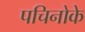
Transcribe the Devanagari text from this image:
पचिनोके